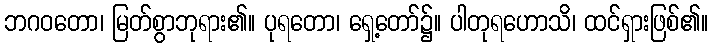
ဘဂဝတော၊ မြတ်စွာဘုရား၏။ ပုရတော၊ ရှေ့တော်၌။ ပါတုရဟောသိ၊ ထင်ရှားဖြစ်၏။